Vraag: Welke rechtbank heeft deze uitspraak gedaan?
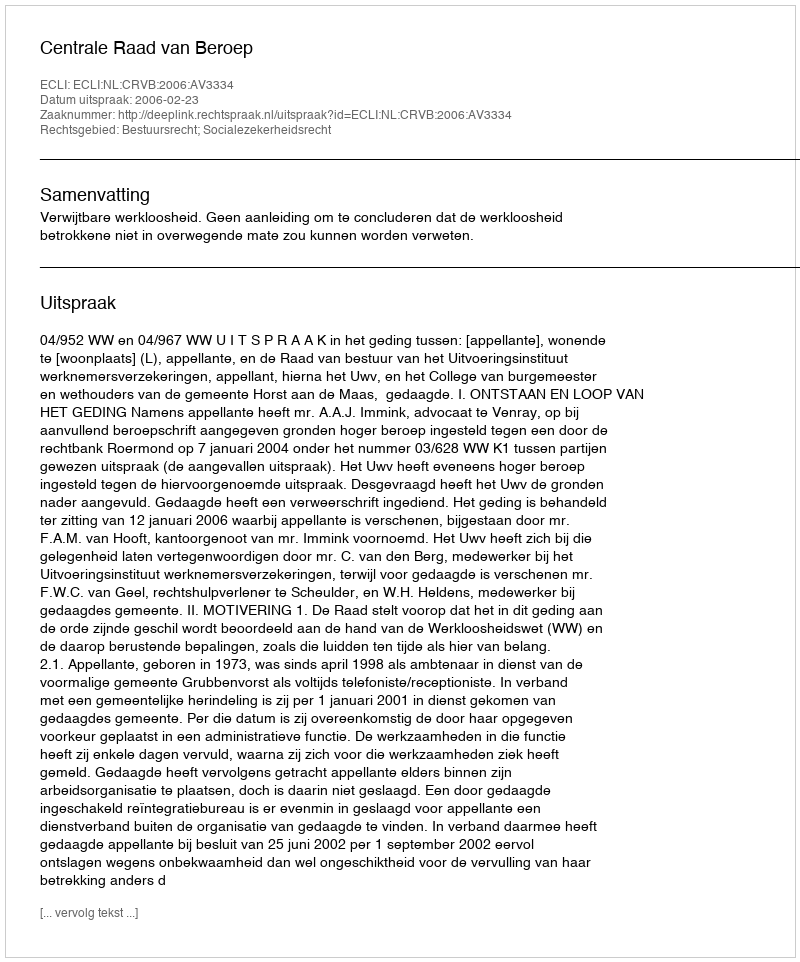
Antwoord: Centrale Raad van Beroep